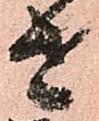
せ